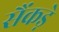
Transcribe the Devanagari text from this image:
सैंकड़े